Vaccination in the Punjab 1905-1918 - 1905-1918
Year: 1905
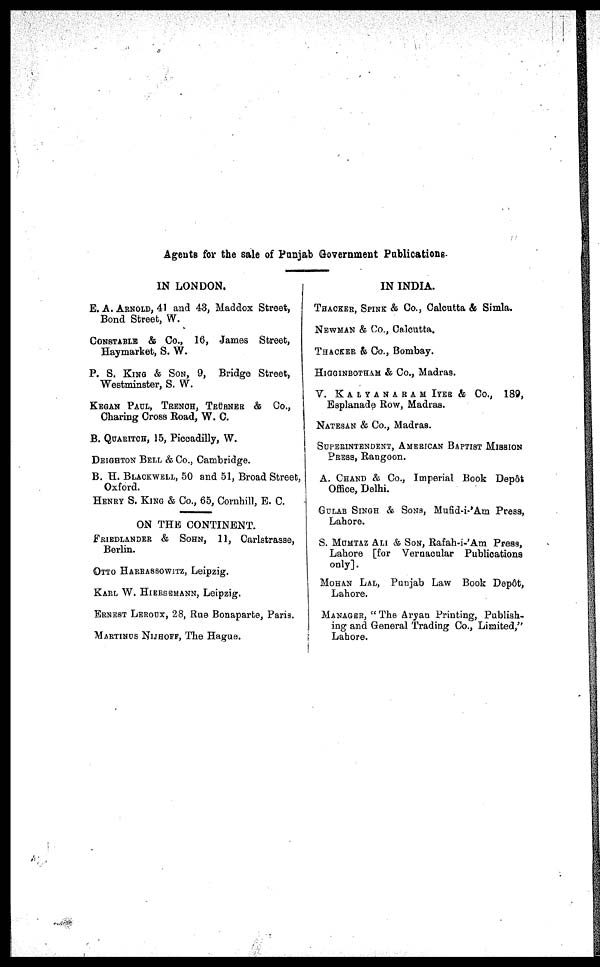
Agents for the sale of Punjab Government Publications.
IN LONDON.
B. A. ARNOLD, 41 and 43, Maddox Street,
Bond Street, W.
CONSTABLE & CO., 16, James Street,
Haymarket, S. W.
P. S. KING & SON, 9, Bridge Street,
Westminster, S. W.
KEGAN PAUL, TRENCH, TRÜBNER &
CO.,
Charing Cross Road, W. C.
B. QUARITCH, 15, Piccadilly, W.
DEIGHTON BELL & CO., Cambridge.
B. H. BLACKWELL, 50 and 51, Broad Street,
Oxford.
HENRY S. KING & CO., 65, Cornhill, E. C.
ON THE CONTINENT.
FRIEDLANDER & SOHN, 11, Carlstrasse,
Berlin.
OTTO HARRASSOWITZ, Leipzig.
KARL W. HIERSEMANN, Leipzig.
ERNEST LEROUX, 28, Rue Bonaparte, Paris.
MARTINUS NIJHOFF, The Hague.
IN INDIA.
THACKER, SPINE & Co., Calcutta & Simla.
NEWMAN & Co., Calcutta.
THACKER & Co., Bombay.
HIGGINBOTHAM & Co., Madras.
V. KALYANARAM IYER & Co.,
189,
Esplanade Bow, Madras.
NATESAN & Co., Madras.
SUPERINTENDENT, AMERICAN BAPTIST MISSION
PRESS, Rangoon.
A. CHAND & Co., Imperial Book Depôt
Office, Delhi.
GULAB SINGH & SONS, Mufid-i-'Am Press,
Lahore.
S. MUMTAZ ALI & SON, Rafah-i-'Am Press,
Lahore [for Vernacular Publications
only].
MOHAN LAL, Punjab Law Book Depôt,
Lahore.
MANAGER, "The Aryan Printing, Publish-
ing and General Trading Co., Limited,"
Lahore.